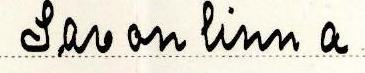
Savonlinna